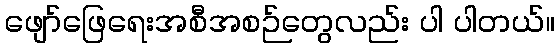
ဖျော်ဖြေရေးအစီအစဉ်တွေလည်း ပါ ပါတယ်။